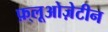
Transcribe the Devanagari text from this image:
फ़्लूओज़ेटीन